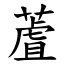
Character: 蔖